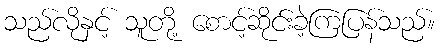
သည်လိုနှင့် သူတို့ စောင့်ဆိုင်းခဲ့ကြပြန်သည်။